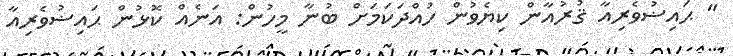
'' ޙައިޟުވެރިއާ ޤުރުއާން ކިޔެވުން ހުއްދަކަމަށް ބުނާ މީހުން: އަނެއް ކޮޅުން ޙައިޟުވެރިއާ